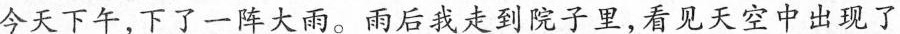
今天下午，下了一阵大雨。雨后我走到院子里，看见天空中出现了